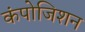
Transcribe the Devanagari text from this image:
कंपोजिशन